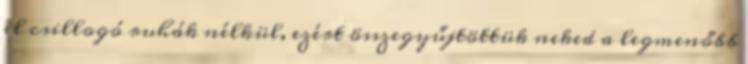
el csillogó ruhák nélkül, ezért összegyűjtöttük neked a legmenőbb